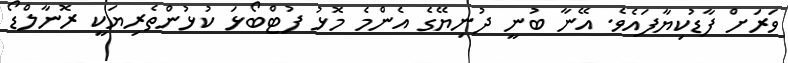
ވަރަށް ފާޑުކިޔާފައެވެ. އޭނާ ބުނީ ދުނިޔޭގެ އެންމެ މޮޅު ފުޓްބޯޅަ ކުޅުންތެރިޔަކީ ރޮނާލްޑޯ